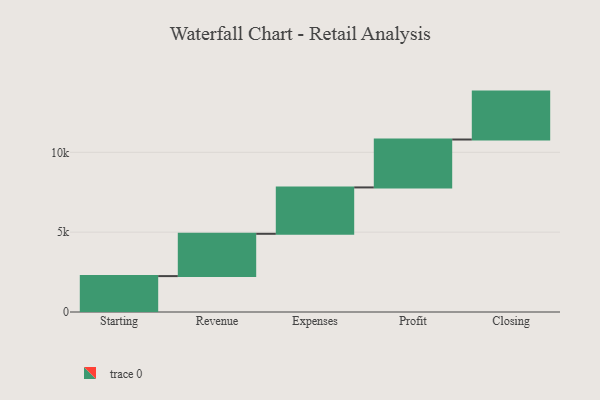
{"axis": {"x": "Step", "y": "Value"}, "legend": [""], "data": [{"x": "Starting", "y": 2248.0, "type": ""}, {"x": "Revenue", "y": 2649.0, "type": ""}, {"x": "Expenses", "y": 2904.0, "type": ""}, {"x": "Profit", "y": 3000, "type": ""}, {"x": "Closing", "y": 3000, "type": ""}]}